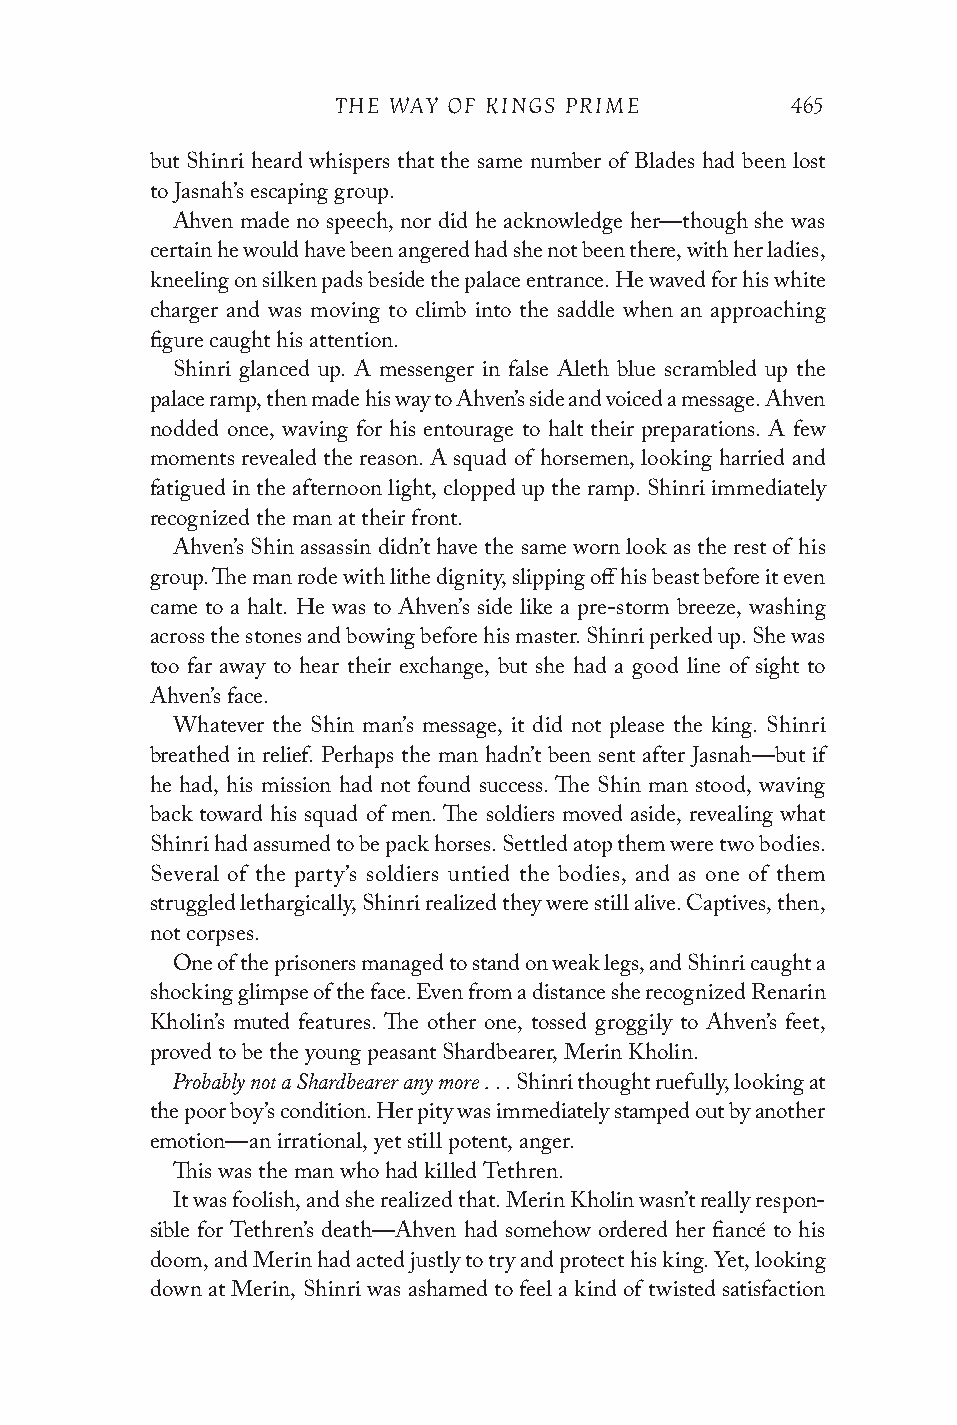
THE WAY OF KINGS PRIME        465
 but Shinri heard whispers that the same number of Blades had been lost
 to Jasnah’s escaping group.
 Ahven made no speech, nor did he acknowledge her—though she was
 certain he would have been angered had she not been there, with her ladies,
 kneeling on silken pads beside the palace entrance. He waved for his white
 charger and was moving to climb into the saddle when an approaching
 figure caught his attention.
 Shinri glanced up. A messenger in false Aleth blue scrambled up the
 palace ramp, then made his way to Ahven’s side and voiced a message. Ahven
 nodded once, waving for his entourage to halt their preparations. A few
 moments revealed the reason. A squad of horsemen, looking harried and
 fatigued in the afternoon light, clopped up the ramp. Shinri immediately
 recognized the man at their front.
 Ahven’s Shin assassin didn’t have the same worn look as the rest of his
 group. The man rode with lithe dignity, slipping off his beast before it even
 came to a halt. He was to Ahven’s side like a pre-storm breeze, washing
 across the stones and bowing before his master. Shinri perked up. She was
 too far away to hear their exchange, but she had a good line of sight to
 Ahven’s face.
 Whatever the Shin man’s message, it did not please the king. Shinri
 breathed in relief. Perhaps the man hadn’t been sent after Jasnah—but if
 he had, his mission had not found success. The Shin man stood, waving
 back toward his squad of men. The soldiers moved aside, revealing what
 Shinri had assumed to be pack horses. Settled atop them were two bodies.
 Several of the party’s soldiers untied the bodies, and as one of them
 struggled lethargically, Shinri realized they were still alive. Captives, then,
 not corpses.
 One of the prisoners managed to stand on weak legs, and Shinri caught a
 shocking glimpse of the face. Even from a distance she recognized Renarin
 Kholin’s muted features. The other one, tossed groggily to Ahven’s feet,
 proved to be the young peasant Shardbearer, Merin Kholin.
 Probably not a Shardbearer any more .
 . . Shinri thought ruefully, looking at
 the poor boy’s condition. Her pity was immediately stamped out by another
 emotion—an irrational, yet still potent, anger.
 This was the man who had killed Tethren.
 It was foolish, and she realized that. Merin Kholin wasn’t really respon-
 sible for Tethren’s death—Ahven had somehow ordered her fiancé to his
 doom, and Merin had acted justly to try and protect his king. Yet, looking
 down at Merin, Shinri was ashamed to feel a kind of twisted satisfaction